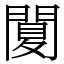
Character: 䦩